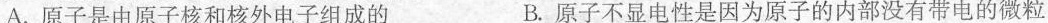
A.原子是由原子核和核外电子组成的 B.原子不显电性是因为原子的内部没有带电的微粒